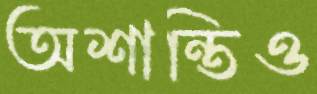
অশান্তিও